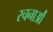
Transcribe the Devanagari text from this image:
रचनाऔं